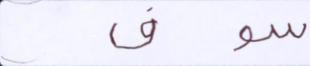
سوف